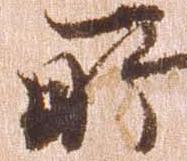
所